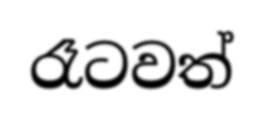
රෑටවත්